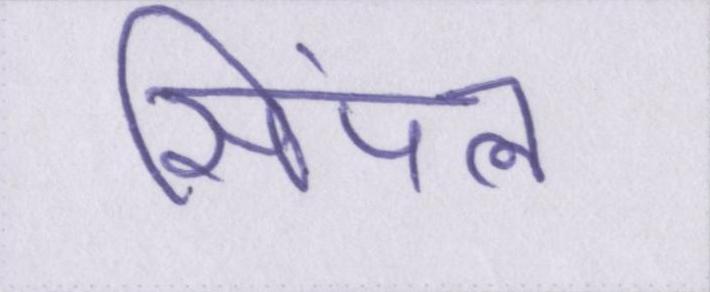
सिंपल